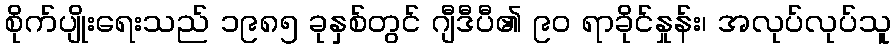
စိုက်ပျိုးရေးသည် ၁၉၈၅ ခုနှစ်တွင် ဂျီဒီပီ၏ ၉၀ ရာခိုင်နှုန်း၊ အလုပ်လုပ်သူ